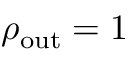
\rho _ { \mathrm { o u t } } = 1